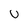
Character: U